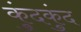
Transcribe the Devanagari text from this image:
कुंदकुंद